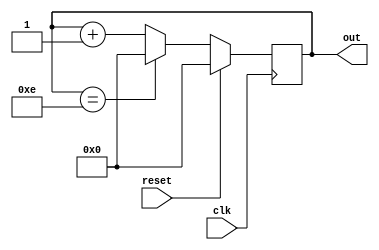
`timescale 1ns / 1ps
// N-Mode Counter
// Mode:0-->Up Counter
// Mode:1-->Down Counter

module counter(out , reset , clk);
    parameter N=15;
    parameter width=4;
    
    input reset;
    input clk;
    output [width-1:0] out;
    reg [width-1:0] out;
    
    always @(posedge clk)
    begin
    if(reset==1)
    begin
        out=0;
    end
    else
    begin
        if(out==N-1)
        begin
        out=0;
        end
        else
        begin 
            out=out+1;
        end
    end
    end
endmodule